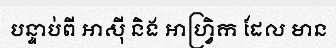
បន្ទាប់ពី អាស៊ី និង អាហ្វ្រិក ដែល មាន